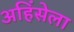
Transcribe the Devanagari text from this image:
अहिंसेला